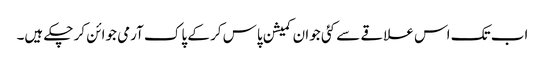
اب تک اس علاقے سے کئی جوان کمیشن پاس کر کے پاک آرمی جوائن کر چکے ہیں۔